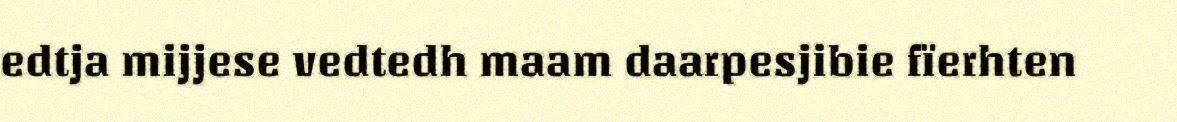
edtja mijjese vedtedh maam daarpesjibie fïerhten